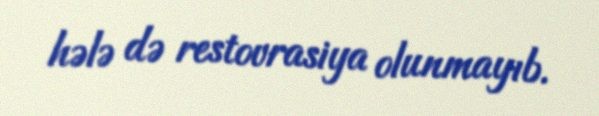
hələ də restovrasiya olunmayıb.